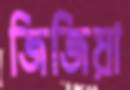
জিজিয়া